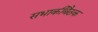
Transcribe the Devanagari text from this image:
सभाकीबैठक